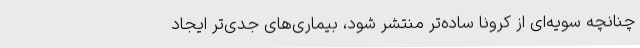
چنانچه سویه‌ای از کرونا ساده‌تر منتشر شود، بیماری‌های جدی‌تر ایجاد